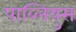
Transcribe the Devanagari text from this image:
पाब्लियुस